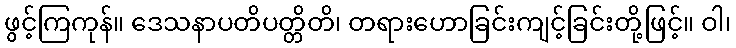
ဖွင့်ကြကုန်။ ဒေသနာပတိပတ္တိတိ၊ တရားဟောခြင်းကျင့်ခြင်းတို့ဖြင့်။ ဝါ၊